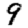
Digit: 9